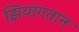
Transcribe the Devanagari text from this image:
झियांगतान